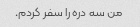
من سه دره را سفر کردم.